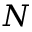
N